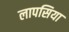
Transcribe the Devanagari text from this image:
लापसिया